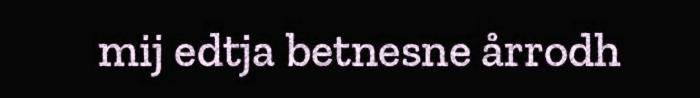
mij edtja betnesne årrodh